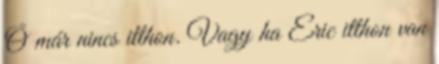
Ő már nincs itthon. Vagy ha Eric itthon van